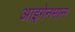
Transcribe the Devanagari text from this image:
आइगेनमान